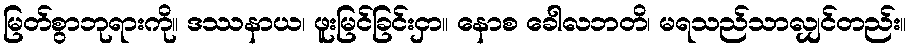
မြတ်စွာဘုရားကို။ ဒဿနာယ၊ ဖူးမြင်ခြင်းငှာ။ နောစ ခေါလဘတိ၊ မရသည်သာလျှင်တည်း။